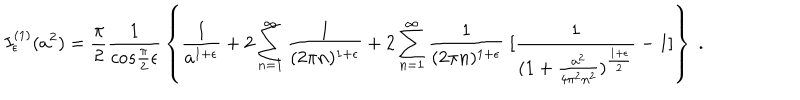
I _ { \epsilon } ^ { ( 1 ) } ( a ^ { 2 } ) = { \frac { \pi } { 2 } } { \frac { 1 } { c o s { \frac { \pi } { 2 } } \epsilon } } \left\{ { \frac { 1 } { a ^ { 1 + \epsilon } } } + 2 \sum _ { n = 1 } ^ { \infty } { \frac { 1 } { ( 2 \pi n ) ^ { 1 + \epsilon } } } + 2 \sum _ { n = 1 } ^ { \infty } { \frac { 1 } { ( 2 \pi n ) ^ { 1 + \epsilon } } } \; [ { \frac { 1 } { ( 1 + { \frac { a ^ { 2 } } { 4 \pi ^ { 2 } n ^ { 2 } } } ) ^ { \frac { 1 + \epsilon } { 2 } } } } - 1 ] \right\} \; .